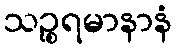
သဉ္စရမာနာနံ